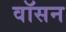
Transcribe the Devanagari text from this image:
वॉसन